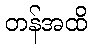
တန်အထိ